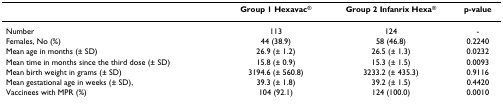
<table><thead><tr><td></td><td><b>Group 1 Hexavac<sup>®</sup></b></td><td><b>Group 2 Infanrix Hexa<sup>®</sup></b></td><td><b>p-value</b></td></tr></thead><tbody><tr><td>Number</td><td>113</td><td>124</td><td>-</td></tr><tr><td>Females, No (%)</td><td>44 (38.9)</td><td>58 (46.8)</td><td>0.2240</td></tr><tr><td>Mean age in months (± SD)</td><td>26.9 (± 1.2)</td><td>26.5 (± 1.3)</td><td>0.0232</td></tr><tr><td>Mean time in months since the third dose (± SD)</td><td>15.8 (± 0.9)</td><td>15.3 (± 1.5)</td><td>0.0093</td></tr><tr><td>Mean birth weight in grams (± SD)</td><td>3194.6 (± 560.8)</td><td>3233.2 (± 435.3)</td><td>0.9116</td></tr><tr><td>Mean gestational age in weeks (± SD),</td><td>39.3 (± 1.8)</td><td>39.2 (± 1.5)</td><td>0.4420</td></tr><tr><td>Vaccinees with MPR (%)</td><td>104 (92.1)</td><td>124 (100.0)</td><td>0.0010</td></tr></tbody></table>